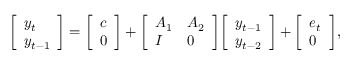
{ \left[ \begin{array} { l } { y _ { t } } \\ { y _ { t - 1 } } \end{array} \right] } = { \left[ \begin{array} { l } { c } \\ { 0 } \end{array} \right] } + { \left[ \begin{array} { l l } { A _ { 1 } } & { A _ { 2 } } \\ { I } & { 0 } \end{array} \right] } { \left[ \begin{array} { l } { y _ { t - 1 } } \\ { y _ { t - 2 } } \end{array} \right] } + { \left[ \begin{array} { l } { e _ { t } } \\ { 0 } \end{array} \right] } ,